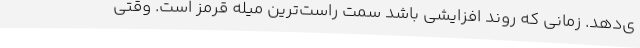
ی‌دهد. زمانی که روند افزایشی باشد سمت راست‌ترین میله قرمز است. وقتی